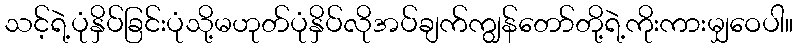
သင့်ရဲ့ပုံနှိပ်ခြင်းပုံသို့မဟုတ်ပုံနှိပ်လိုအပ်ချက်ကျွန်တော်တို့ရဲ့ကိုးကားမျှဝေပါ။